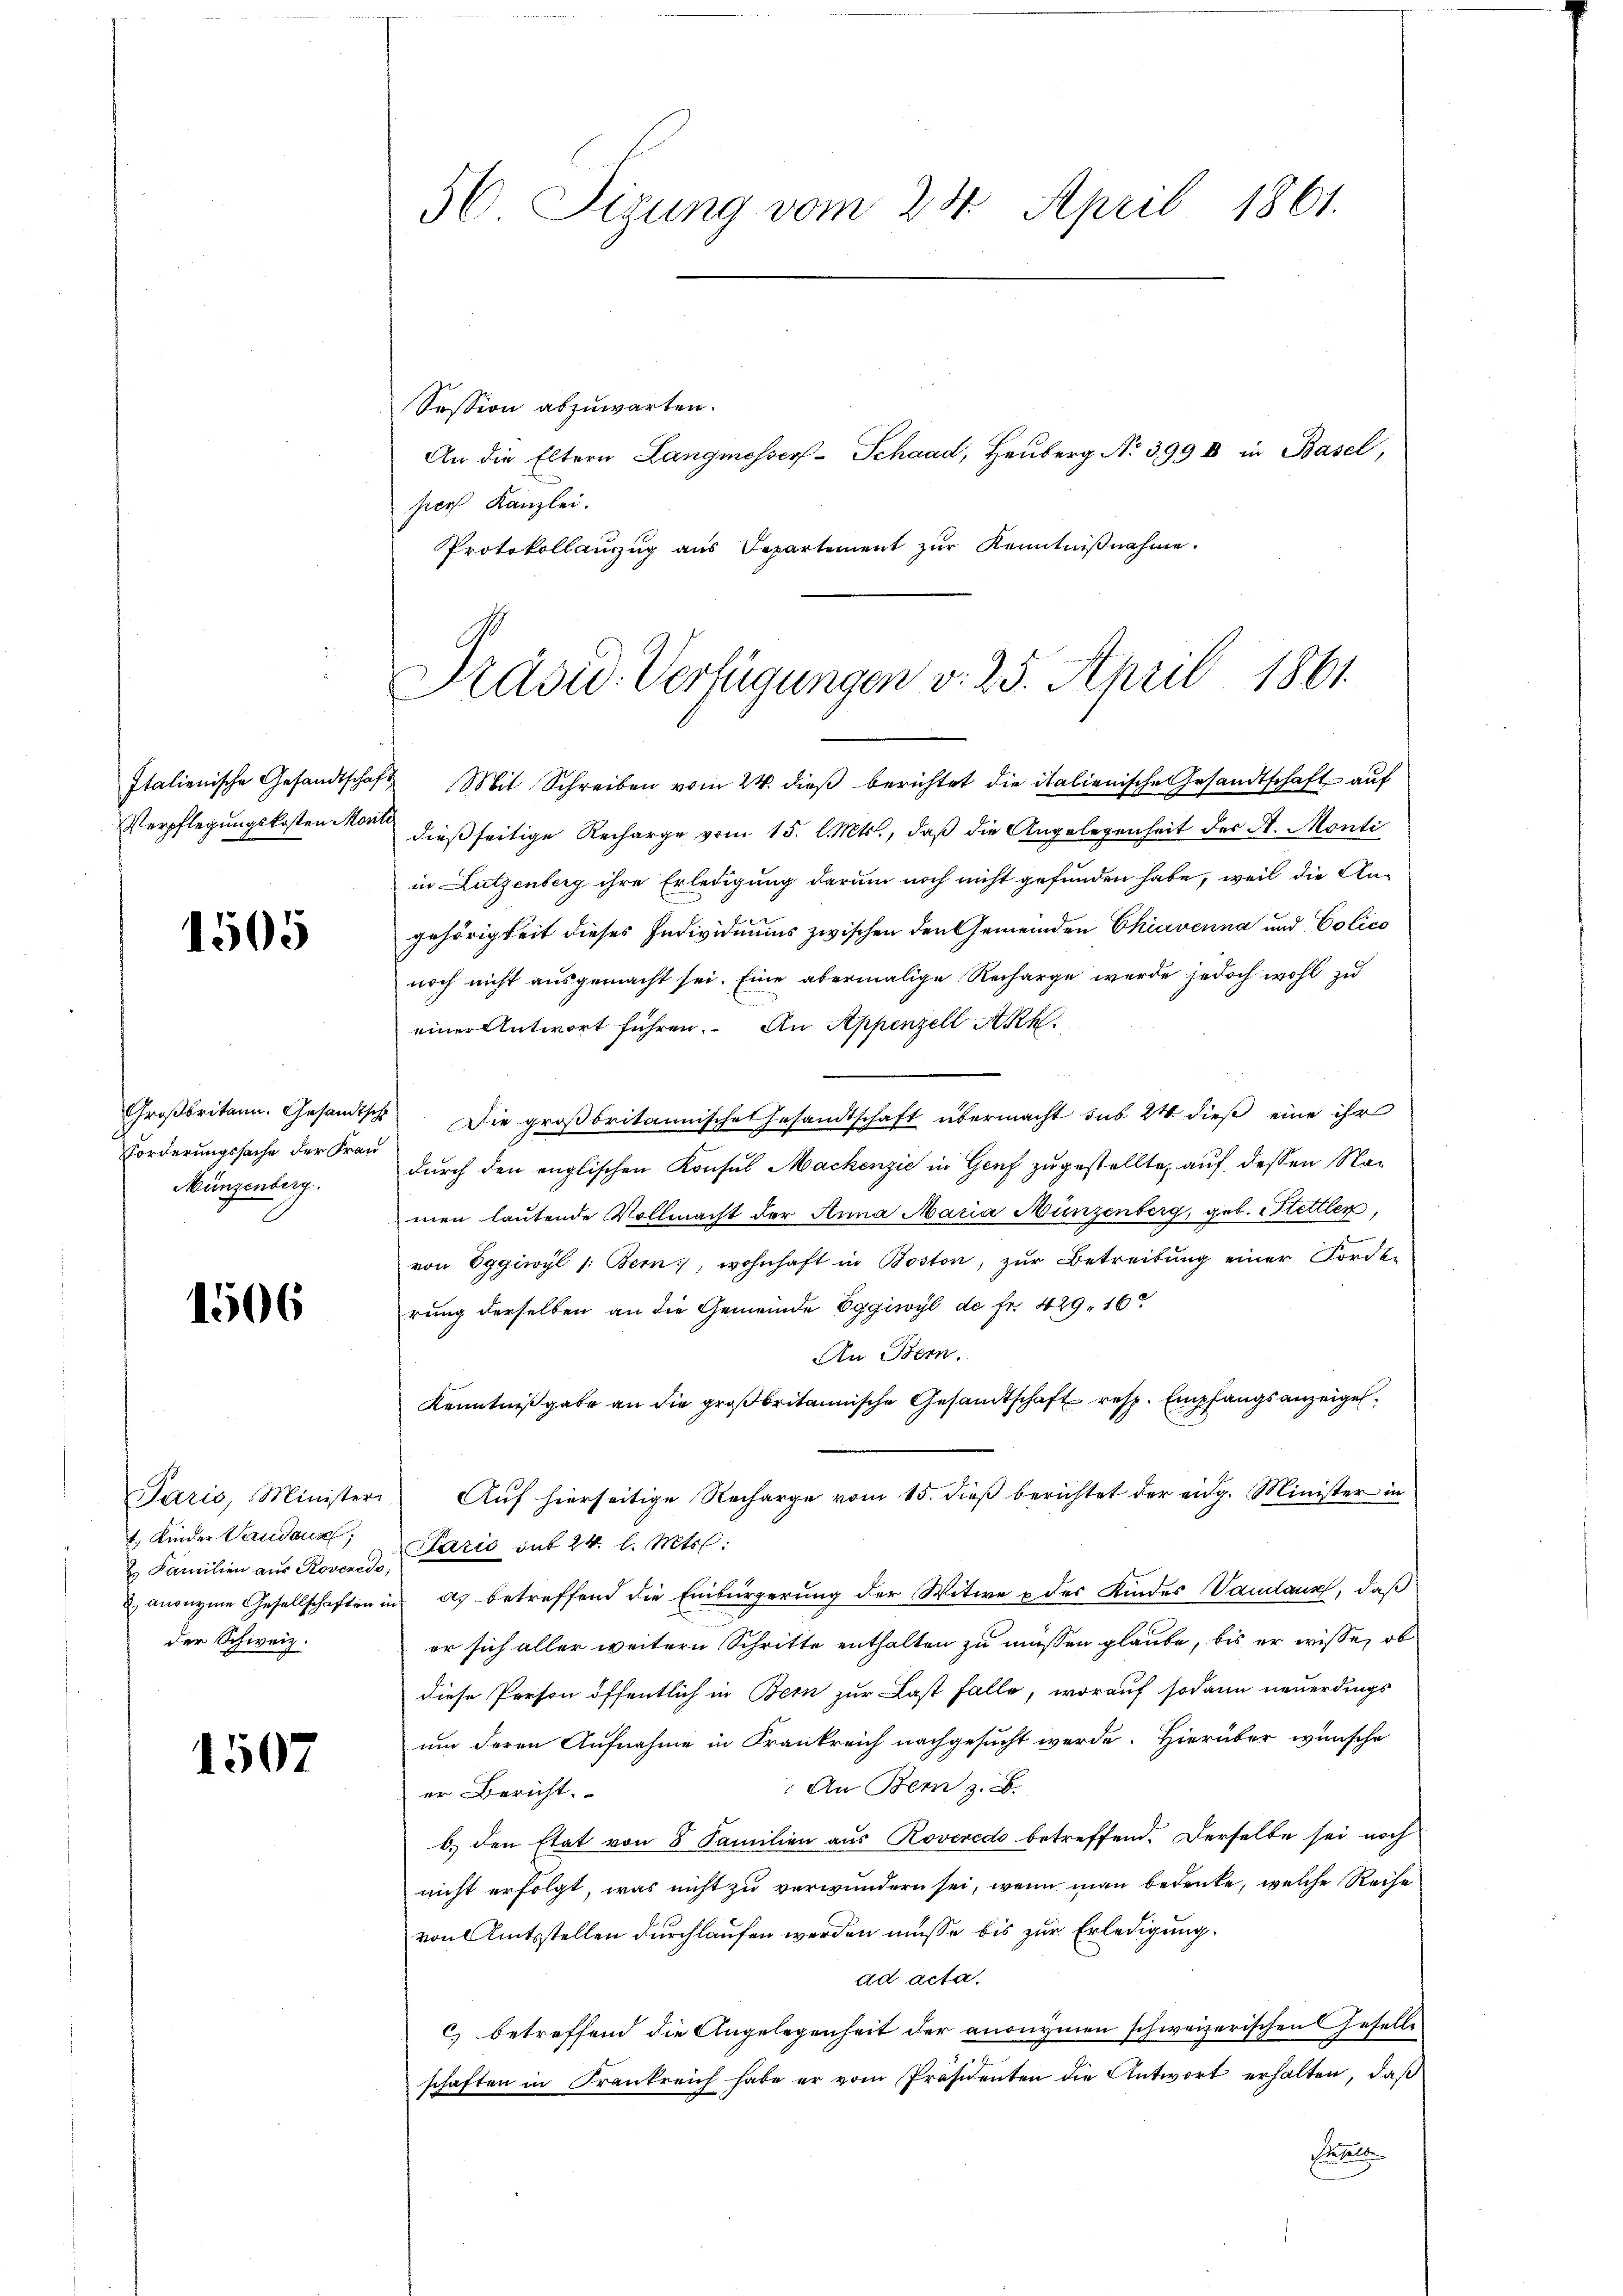
Italienische Gesandtscha
Verpflegungskosten Mor¬

1505

Forderungssache der Frau
Münzenberg.

1506

1. Kinder Landaux;
 Familien aus Roveredo,
der Schweiz.

1507

56 Sizung vom 24. April 1861.

Session abzuwarten.
An die Eltern Langmesser-Schaad, Hauberg No 399 II in Basel,
pers Kanzlei.
Protokollauszug aus Departement zŭr Kenntniβnahme.

Präsid. Verfügungen v. 25. April 1861

t Mit Schreiben vom 24. dieβ berichtet die italienische Gesandtschaft auf
ilch
dießseitige Recharge vom 15. l. Mts., daß die Angelegenheit der A. Monti
in Lutzenberg ihre Erledigung darum noch nicht gefunden habe, weil die An-
gehörigkeit dieses Individuums zwischen den Gemeinden Chiavenna und Colico
noch nicht ausgemacht sei. Eine abermalige Recharge werde jedoch wohl zu
einer Antwort führen. An Appenzell Akk
Großbritann. Gesandtsch Die groβbritannisches Gesandtschaft übermacht sub 24. dieβ eine ihr
durch den englischen Konsul Mackenzić in Genf zugestellte, auf dessen Namen lautende Vollmacht der Anna Maria Münzenberg, geb. Stettler,
von Eggiwyl /: Bern, wohnhaft in Boston, zŭr Betreitŭng einer Forden
rung derselben an die Gemeinde Eggiwyl de fr. 429. 16
An Bern.
Kenntnißgabe an die großbritannische Gesandtschaft resp. Empfangsanzeigel
Paris, Minister Auf hierseitige Recharge vom 15. dieß berichtet der eidg. Minister in
Paris sub 24 l. Mts.
2. anonyme Gesellschaften in a. betreffend die Einbürgerung der Witwe & der Kindes Vandaux, daß
er sich aller weitern Schritte enthalten zu müssen glaube, bis er wisse, ob
diese Person öffentlich in Bern zur Last falle, worauf sodann neuerdings
um deren Aufnahme in Krankreich nachgesucht werde. Hierüber wünsche
An Bern z. B.
er Bericht.
b.) den Etat von 8 Familien aus Roveredo betreffend. Derselbe sei noch
nicht erfolgt, was nicht zu verwundern sei, wenn man bedenke, welche Reise
von Amtsstellen durchlaufen werden müsse bis zur Erledigung.
ad acta.
c) betreffend die Angelegenheit der anonymen schweizerischen Geselle
schaften in Frankreich habe er vom Präsidenten die Antwort erhalten, daß
Fidelbe